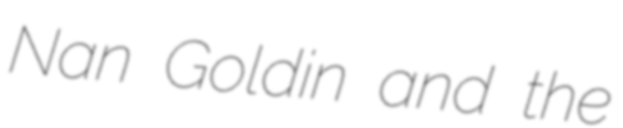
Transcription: Nan Goldin and the